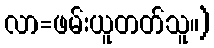
လာ=ဖမ်းယူတတ်သူ။)